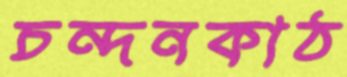
চন্দনকাঠ